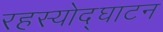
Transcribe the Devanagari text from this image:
रहस्‍योद्घाटन